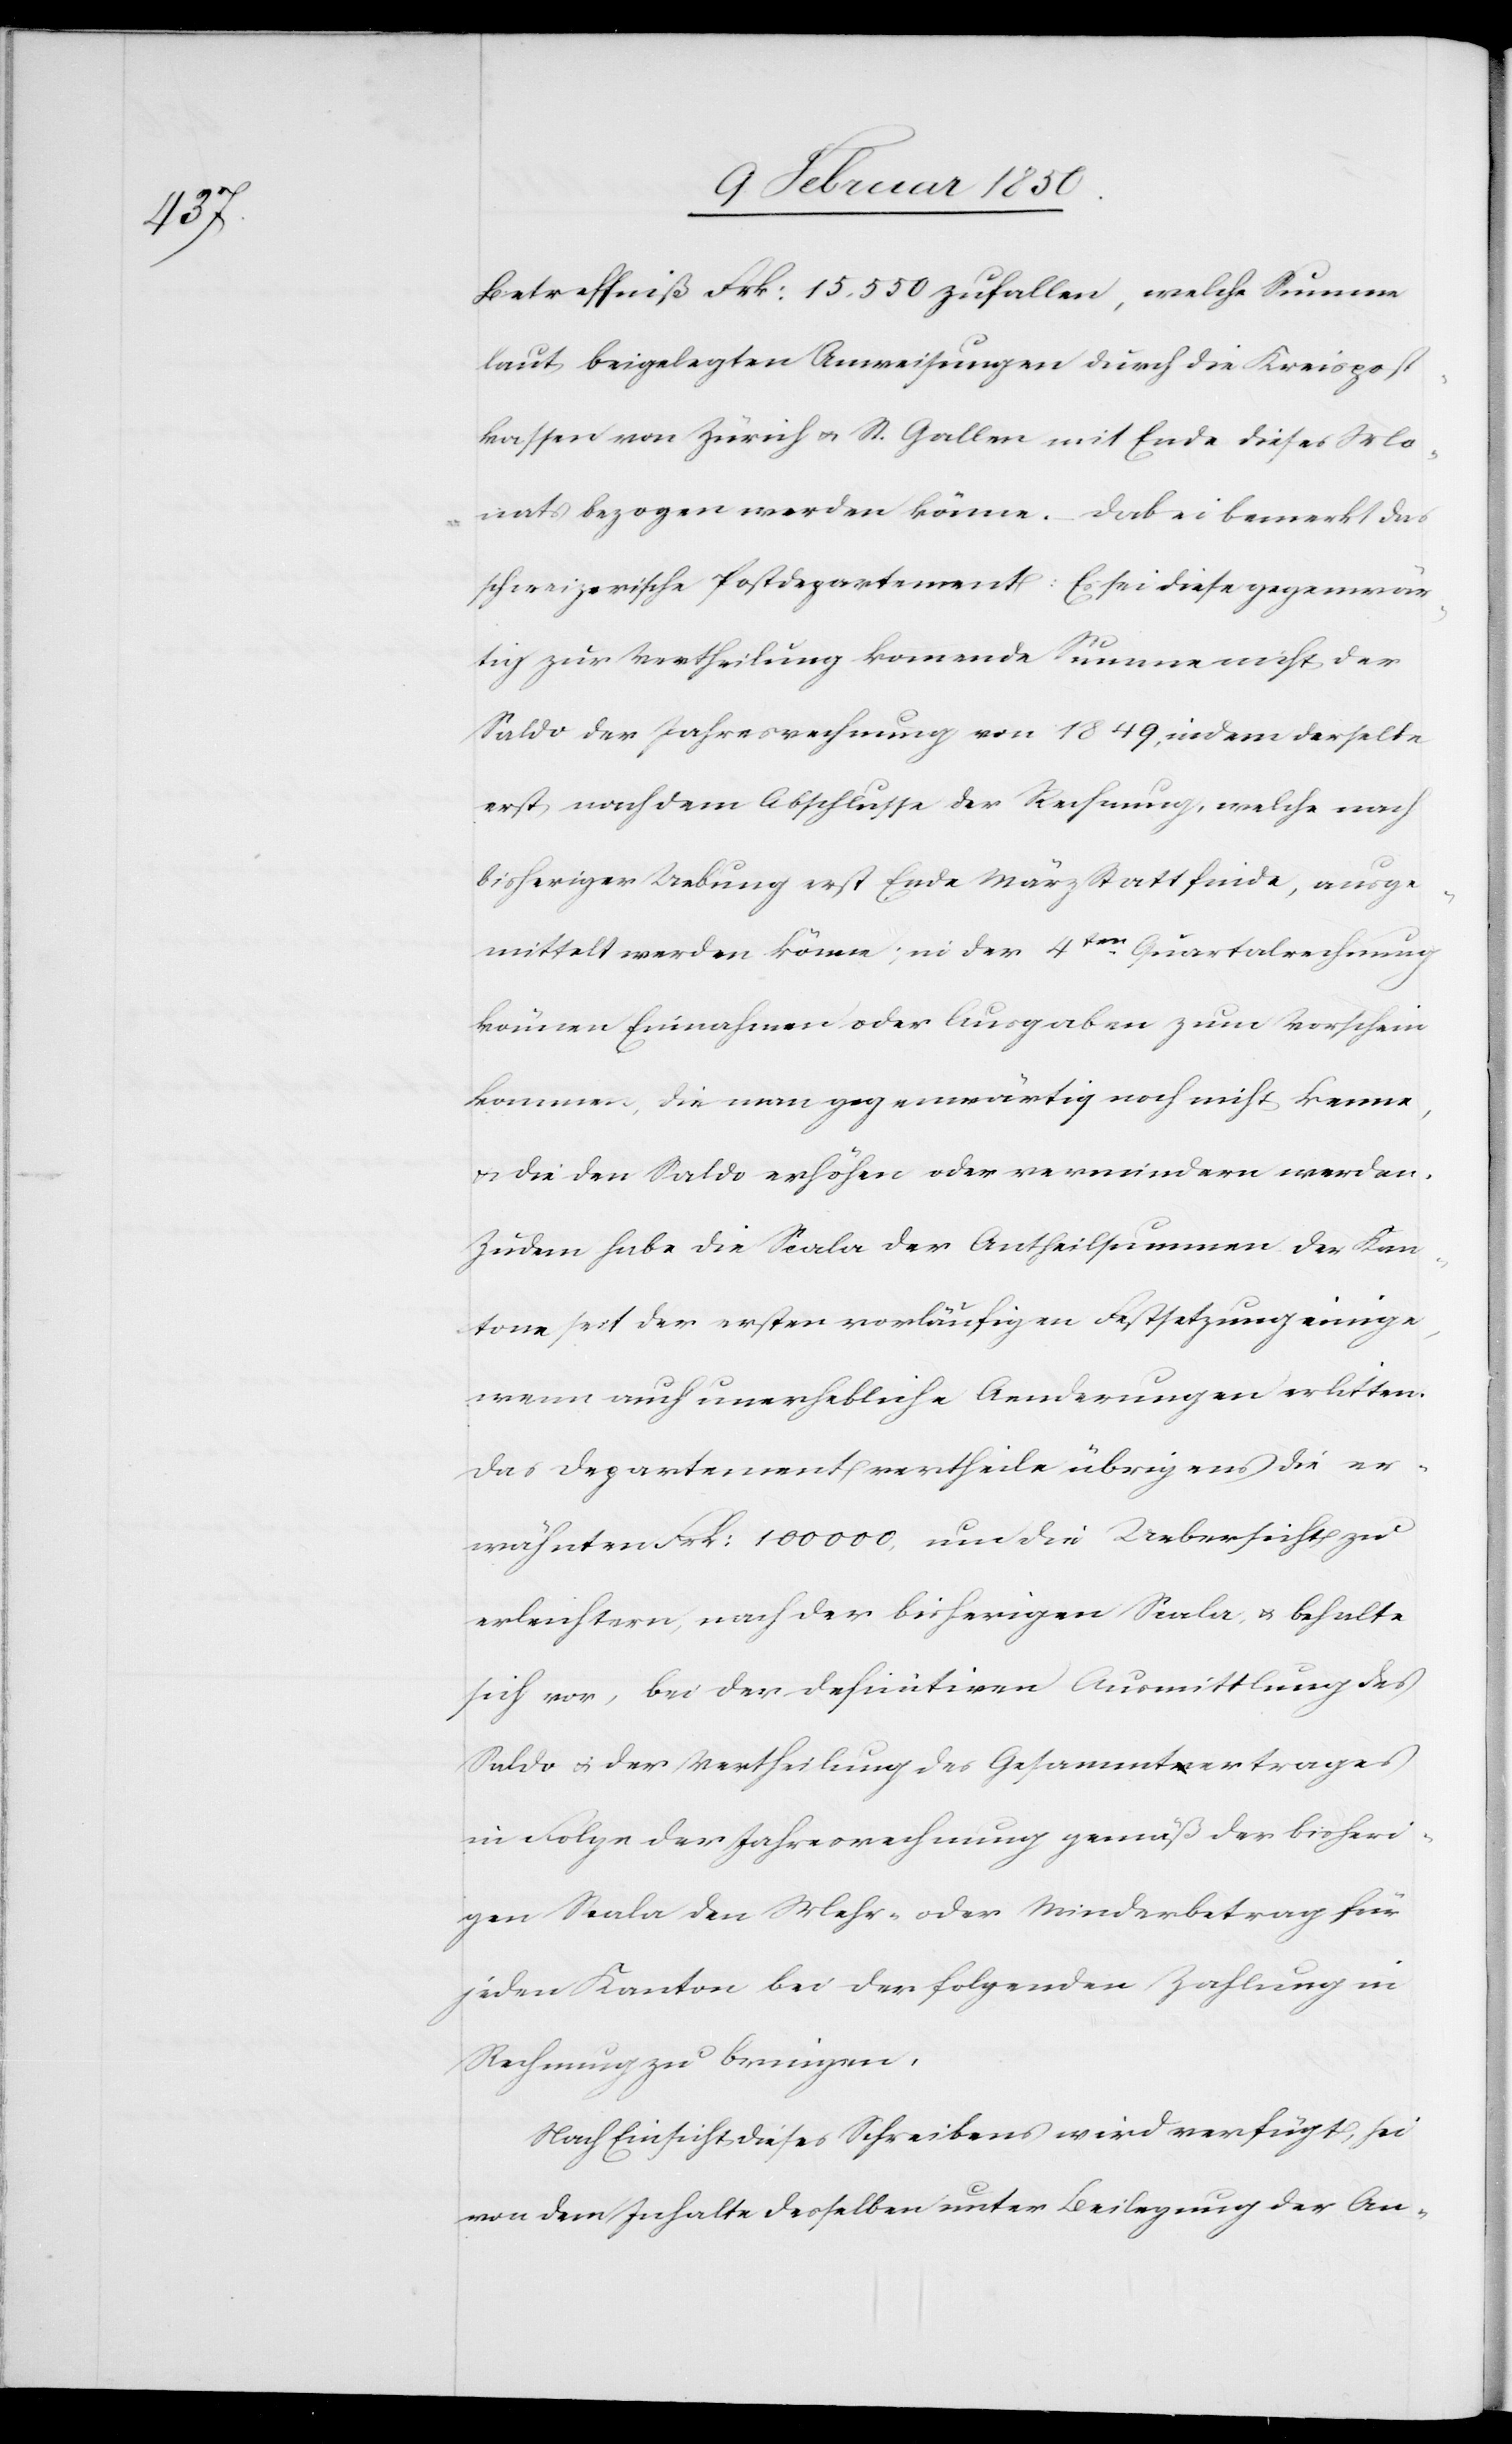
Betreffniß Frk: 15,550 zufallen, welche Summe
laut beigelegten Anweisungen durch die Kreispost¬
kassen von Zürich u. St. Gallen mit Ende dieses Mo¬
nats bezogen werden könne. Dabei bemerkt das
schweizerische Postdepartement: Es sei diese gegenwär¬
tig zur Vertheilung kommende Summe nicht der
Saldo der Jahresrechnung von 1849, indem derselbe
erst nach dem Abschlusse der Rechnung, welche nach
bisheriger Uebung erst Ende März Statt finde, ausge¬
mittelt werden könne; in der 4ten Quartalsrechnung
können Einnahmen oder Ausgaben zum Vorschein
kommen, die man gegenwärtig noch nicht kenne,
u. die den Saldo erhöhen oder vermindern werden.
Zudem habe die Scala der Antheilsummen der Kan¬
tone seit der ersten vorläufigen Festsetzung einige,
wenn auch unerhebliche Aenderungen erlitten.
Das Departement vertheile übrigens die er¬
wähnten Frk: 100000. um die Uebersicht zu
erleichtern, nach der bisherigen Scala u. behalte
sich vor, bei der definitiven Ausmittlung des
Saldo u. der Vertheilung des Gesammtertrages
in Folge der Jahresrechnung gemäß der bisheri¬
gen Scala den Mehr- oder Minderbetrag für
jeden Kanton bei der folgenden Zahlung in
Rechnung zu bringen.
Nach Einsicht dieses Schreibens wird verfügt, sei
von dem Inhalte desselben unter Beilegung der An-